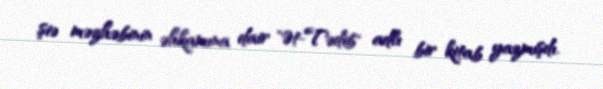
şiə məzhəbinin əhkamına dair "Ət-Tədib" adlı bir kitab yazmışdı.